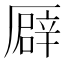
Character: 𠪮